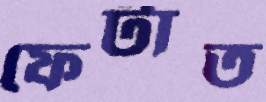
ফেটাত